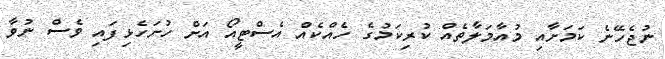
ނުޖެހޭނެ ކަމަށާއި މުއާމަލާތެއް ކުރިކަމުގެ ހެއްކެއް އެސްޓީއޯ އަށް ހުށަހެޅިފައި ވެސް ނުވާ